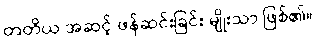
တတိယ အဆင့် ဖန်ဆင်းခြင်း မျိုးသာ ဖြစ်၏။